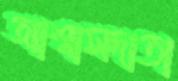
আশ্বাসদাতা